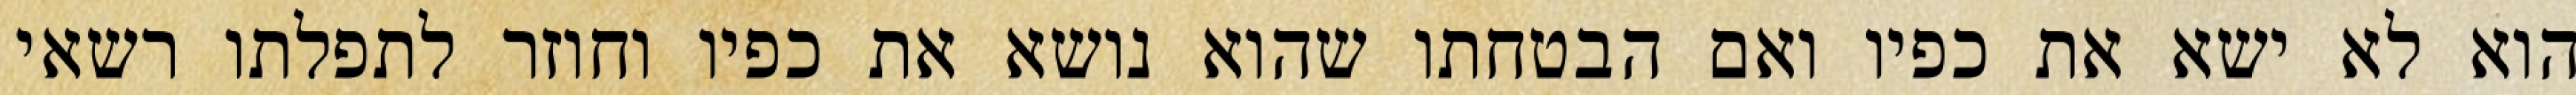
הוא לא ישא את כפיו ואם הבטחתו שהוא נושא את כפיו וחוזר לתפלתו רשאי